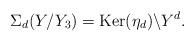
LaTeX: \begin{align*}\Sigma_d(Y/Y_3) = \mathrm{Ker} (\eta_d) \backslash Y^d.\end{align*}